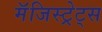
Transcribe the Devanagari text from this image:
मॅजिस्ट्रेट्स